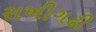
રાખીગઢી